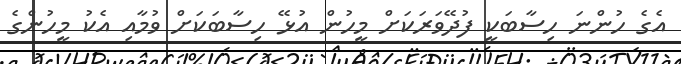
އެގެ ހުންނަ ހިސާބަކީ ފުދޭވަރަކަށް މީހުން އުޅޭ ހިސާބަކަށް ވުމާއި އެކު މީހުންގެ